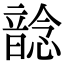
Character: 𩐭